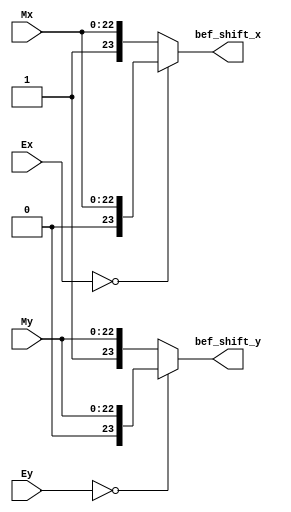
module Alignment_1 (Ex , Ey , Mx , My , bef_shift_x , bef_shift_y);
input [7:0]Ex,Ey;
input [22:0]Mx,My;
output reg [23:0]bef_shift_x , bef_shift_y;
always@(*)
begin
    if(Ey==0)		
	begin
		bef_shift_y = {1'b0,My[22:0]};  //// kanet l7d 1
	end
else
	begin
		bef_shift_y = {1'b1,My[22:0]};
	end

if(Ex==0)		
	begin
		bef_shift_x = {1'b0,Mx[22:0]};
	end
else
	begin
		bef_shift_x = {1'b1,Mx[22:0]};
	end			
end
endmodule